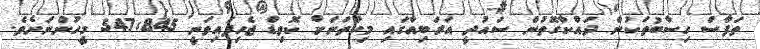
ތަފާސް ހިސާބުތަކުން ދައްކާގޮތުން ސައުދީ އަރަބިއާގައި މިހާތަނަށް ކޮވިޑް ޖެހިފައިވަނީ 547